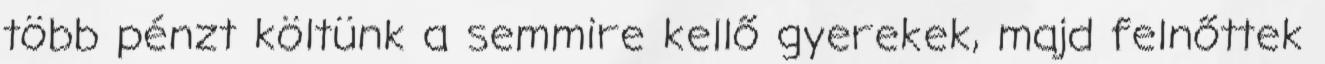
több pénzt költünk a semmire kellő gyerekek, majd felnőttek